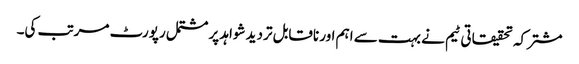
مشترکہ تحقیقاتی ٹیم نے بہت سے اہم اور ناقابل تردید شواہد پر مشتمل رپورٹ مرتب کی۔